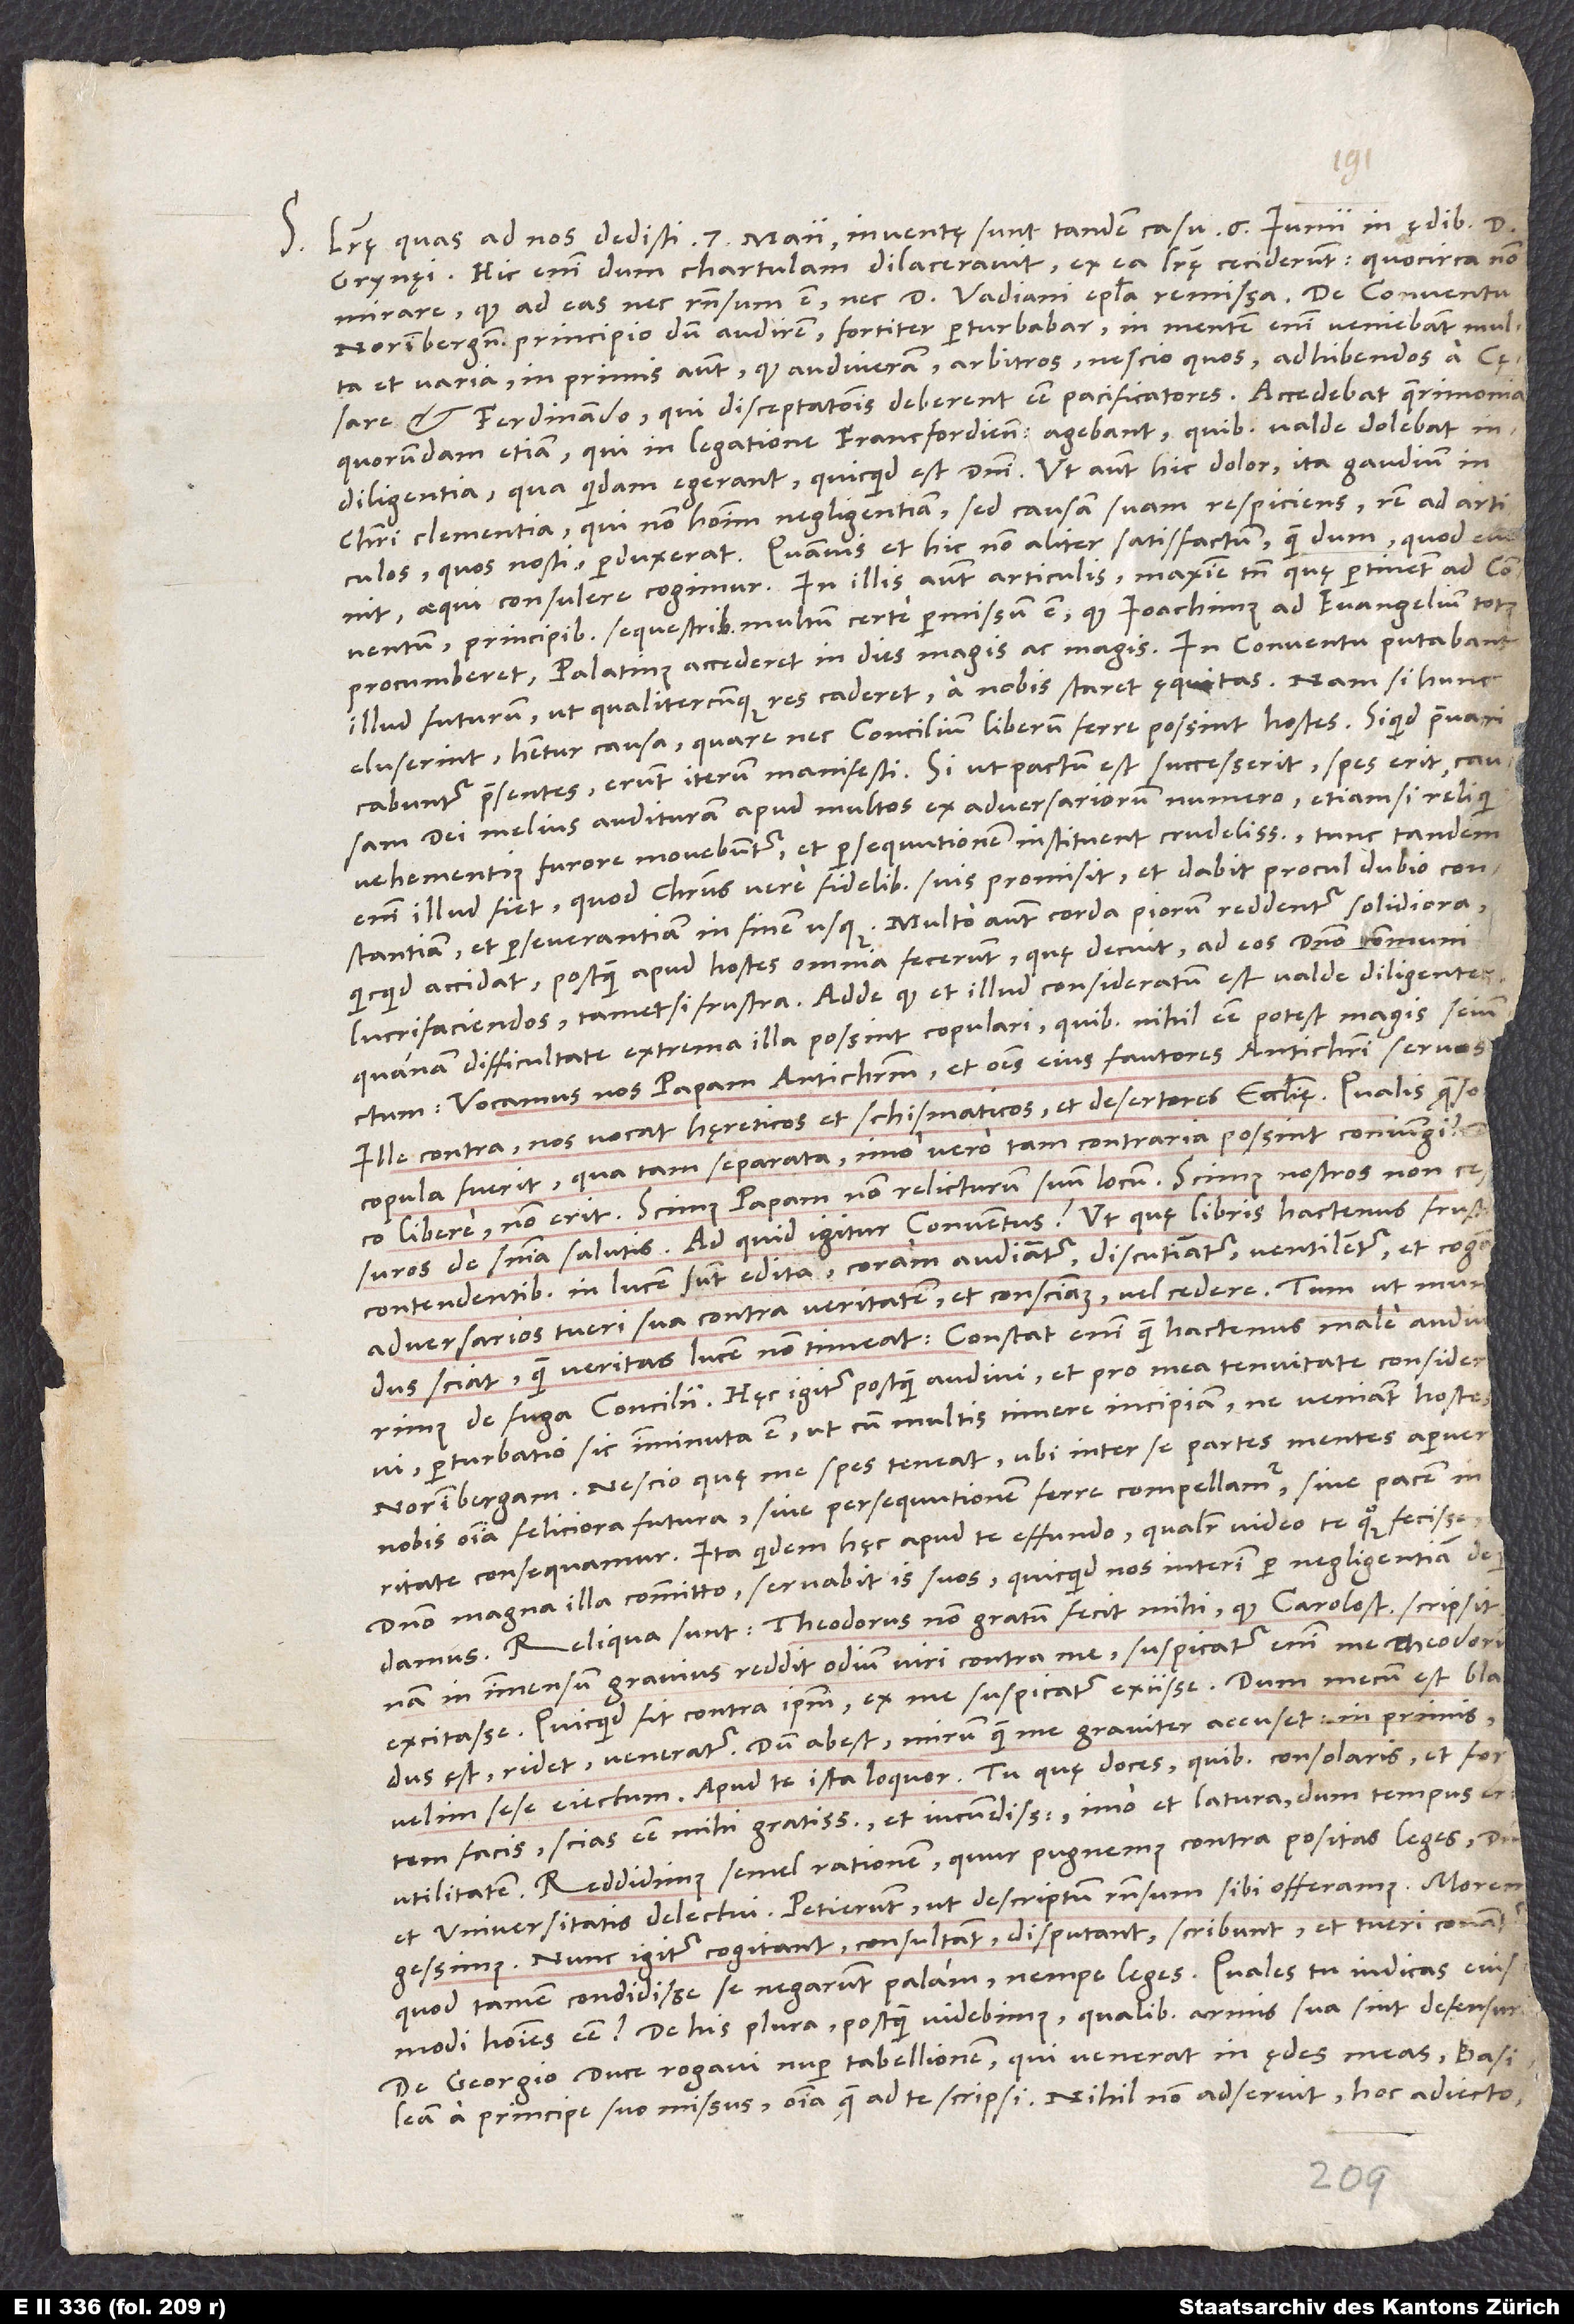
S. Literę, quas ad nos dedisti 7. maii, inventę sunt tandem casu 6. iunii in ędibus d.
Grynęi; hic enim dum chartulam dilaceravit, ex ea literę ceciderunt.
mirare, quod ad eas nec responsum est nec doctoris Vadiani epistola remissa.
Norinbergensi principio, dum audirem, fortiter perturbabar; in mentem enim veniebant multa
et varia, in primis autem, quod audiveram arbitros nescio quos adhibendos a cęsare
et Ferdinando, qui disceptationis deberent esse pacificatores. Accedebat querimonia
quorundam etiam, qui in legatione Francfordiensi agebant, quibus valde dolebat
indiligentia, qua quidem egerant, quicquid est domini. Ut autem hic dolor, ita gaudium in
Christi clementia, qui non hominum negligentiam, sed causam suam respiciens rem ad articulos,
quos nosti, perduxerat, quamvis et hic non aliter satisfactum, quam dum, quod evenit,
aequi consulere cogimur. In illis autem articulis, maxime tamen quę pertinent ad conventum,
principibus sequestribus multum certe permissum est, quod Ioachimus ad evangelium totus
procumberet, Palatinus accederet in dies magis ac magis. In conventu putabant
illud futurum, ut, qualitercunque res caderet, a nobis staret ęquitas; nam si hunc
eluserint, habetur causa, quare nec concilium liberum ferre possint hostes; si quid praevaricabuntur
praesentes, erunt iterum manifesti. Si, ut pactum est, successerit, spes erit causam
dei melius audituram apud multos ex adversariorum numero, etiamsi reliqui
vehementius furore movebuntur et persequutionem instituent crudelissimam; tunc tandem
enim illud fiet, quod Christus vere fidelibus suis promisit, et dabit procul dubio constantiam
et perseverantiam in finem usque. Multo autem corda piorum reddentur solidiora,
quicquid accidat, postquam apud hostes omnia fecerunt, quę decuit, ad eos domino communi
lucrifaciendos, tametsi frus. Adde, quod et illud consideratum est valde diligenter,
quanam difficultate extrema illa possint copulari, quibus nihil esse potest magis seiunctum.
Vocamus nos papam antichristum et omnes eius fautores antichristi servos;
ille contra nos vocat hęreticos et schismaticos et desertores ecclesię. Qualis, quaeso,
copula fuerit, qua tam separata, imo vero tam contraria possint coniungi?
libere: Non erit. Scimus papam non relicturum suum locum; scimus nostros non
cessuros de sententia salutis. Ad quid igitur conventus? Ut, quę libris hactenus frustra
contendentibus in lucem sunt edita, coram audiantur, discutiantur, ventilentur et cogant
adversarios tueri sua contra veritatem et conscientiam vel cedere, tum ut mundus
de fuga concilii. Hęc igitur postquam audivi et pro mea tenuitate consideravi,
perturbatio sic imminuta est, ut cum multis timere incipiam, ne veniant hostes
Norinbergam. Nescio, quę me spes teneat, ubi inter se partes mentes aperuerint,
nobis omnia feliciora futura, sive persequutionem ferre compellamur sive pacem in
consequamur. Ita quidem hęc apud te effundo, qualiter video te quoque fecisse,
domino magna illa committo; servabit is suos, quicquid nos interim per negligentiam
Reliqua sunt: Theodorus non gratum fecit mihi, quod Carolostadio scripsit;
nam in immensum gravius reddit odium viri contra me. Suspicatur enim me Theodorum
excitasse. Quicquid fit contra ipsum, ex me suspicatur exiisse. Dum mecum est, bladus
est, ridet, veneratur; dum abest, mirum quam me graviter accuset, in primis
facis, scias esse mihi gratissima et iucundissima, imo et latura, dum tempus er
et universitatis delectui. Petierunt, ut descriptum responsum sibi offeramus; morem
gessimus. Nunc igitur cogitant, consultant, disputant, scribunt et tueri conantur,
quod tamen condidisse se negarunt palam, nempe leges. Quales tu iudicas eiusmodi
homines esse? De his plura, postquam videbimus, qualibus armis sua sint defensuri.
De Georgio duce rogavi nuper tabellionem, qui venerat in ędes meas, Basileam
a principe suo missus, omnia, quae ad te scripsi. Nihil non adseruit hoc adiecto